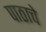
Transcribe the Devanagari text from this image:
पाठाचे